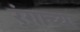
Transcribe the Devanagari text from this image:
र्ंगाच्या